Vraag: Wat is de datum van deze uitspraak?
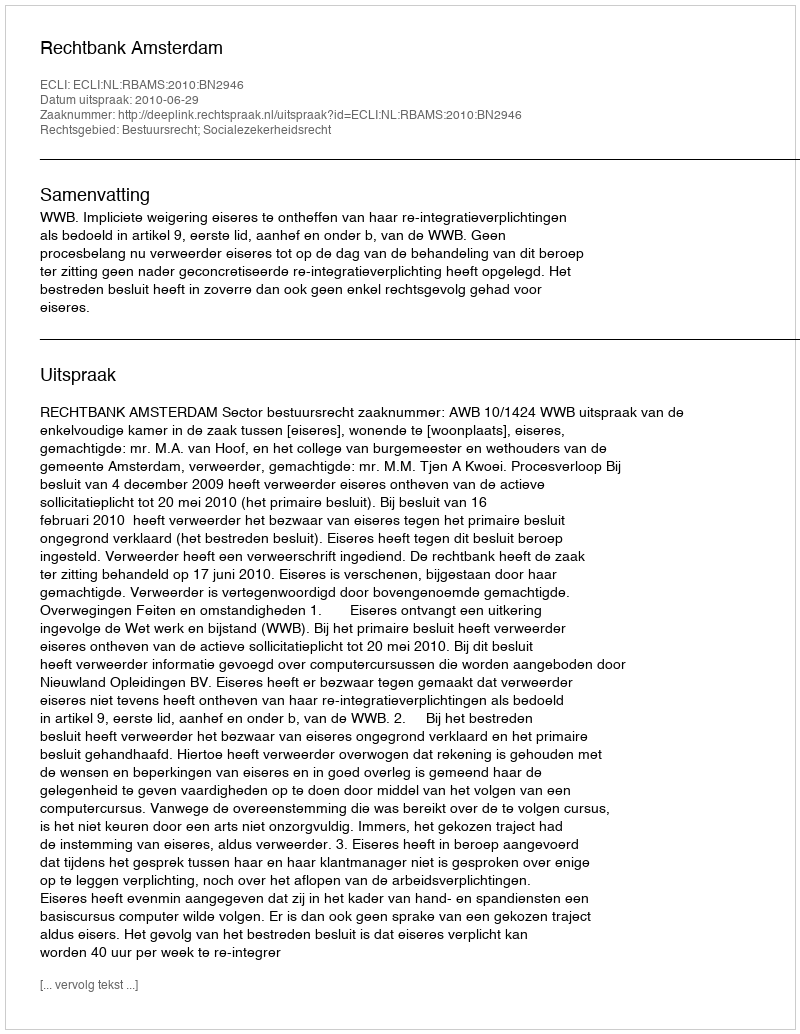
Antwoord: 2010-06-29